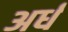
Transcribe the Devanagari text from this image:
अर्धं